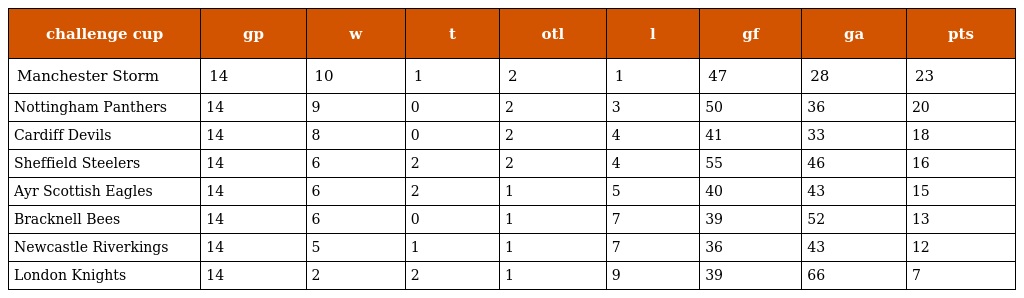
| challenge cup | gp | w | t | otl | l | gf | ga | pts |
 | --- | --- | --- | --- | --- | --- | --- | --- | --- |
 | Manchester Storm | 14 | 10 | 1 | 2 | 1 | 47 | 28 | 23 |
 | Nottingham Panthers | 14 | 9 | 0 | 2 | 3 | 50 | 36 | 20 |
 | Cardiff Devils | 14 | 8 | 0 | 2 | 4 | 41 | 33 | 18 |
 | Sheffield Steelers | 14 | 6 | 2 | 2 | 4 | 55 | 46 | 16 |
 | Ayr Scottish Eagles | 14 | 6 | 2 | 1 | 5 | 40 | 43 | 15 |
 | Bracknell Bees | 14 | 6 | 0 | 1 | 7 | 39 | 52 | 13 |
 | Newcastle Riverkings | 14 | 5 | 1 | 1 | 7 | 36 | 43 | 12 |
 | London Knights | 14 | 2 | 2 | 1 | 9 | 39 | 66 | 7 |